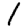
Digit: 1